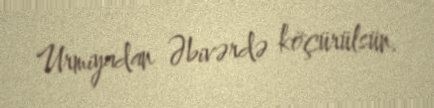
Urmiyadan Əbivərdə köçürülsün.